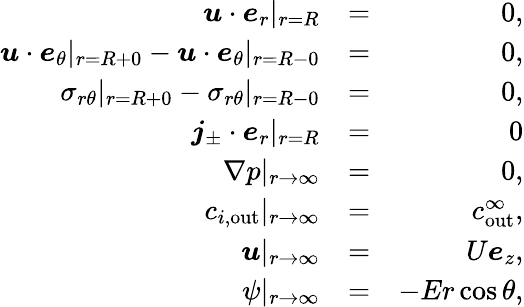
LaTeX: \begin{array}{rlr}{\boldsymbol{u}\cdot\boldsymbol{e}_{r}|_{r=R}}&{=}&{0,}\\ {\boldsymbol{u}\cdot\boldsymbol{e}_{\theta}|_{r=R+0}-\boldsymbol{u}\cdot\boldsymbol{e}_{\theta}|_{r=R-0}}&{=}&{0,}\\ {\sigma_{r\theta}|_{r=R+0}-\sigma_{r\theta}|_{r=R-0}}&{=}&{0,}\\ {\boldsymbol{j}_{\pm}\cdot\boldsymbol{e}_{r}|_{r=R}}&{=}&{0}\\ {\nabla p|_{r\to\infty}}&{=}&{0,}\\ {c_{i,\mathrm{out}}|_{r\to\infty}}&{=}&{c_{\mathrm{out}}^{\infty},}\\ {\boldsymbol{u}|_{r\to\infty}}&{=}&{U\boldsymbol{e}_{z},}\\ {\psi|_{r\to\infty}}&{=}&{-Er\cos\theta,}\end{array}